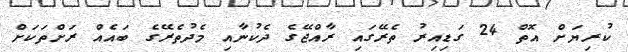
ކުރިޔަށް އޮތް 24 ގަޑިއިރު ތެރޭގައި ރާއްޖޭގެ ދެކުނާއި މެދުތެރޭގެ ބައެއް ރަށްތަކަށް